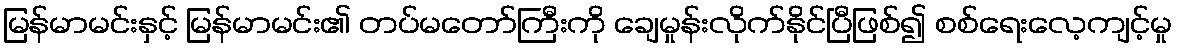
မြန်မာမင်းနှင့် မြန်မာမင်း၏ တပ်မတော်ကြီးကို ချေမှုန်းလိုက်နိုင်ပြီဖြစ်၍ စစ်ရေးလေ့ကျင့်မှု